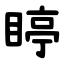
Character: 䁎